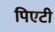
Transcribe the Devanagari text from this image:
पिएटी